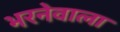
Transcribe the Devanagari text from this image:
भरनेवाला